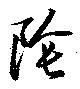
陰